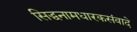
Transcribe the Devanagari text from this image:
सिद्धनामधारकसंवादे